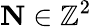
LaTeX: \mathbf{N}\in\mathbb{Z}^{2}